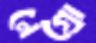
নেগ্রো